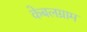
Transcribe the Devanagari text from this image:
केबलग्राम